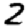
Digit: 2